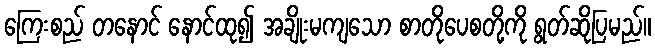
ကြေးစည် တနောင် နောင်ထု၍ အချိုးမကျသော စာတိုပေစတို့ကို ရွတ်ဆိုပြမည်။